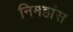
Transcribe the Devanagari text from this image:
निमहांस